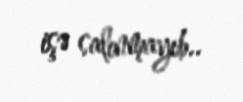
işə salınmayıb..